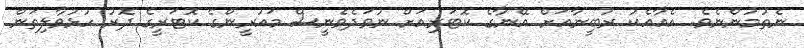
ނެތުމުންނެވެ. އެއާއެކު ރުބީނާއަށް އޭނާގެ ކޮޓަރިއަށް ނުވަދެވެނީސް މައުރީންގެ ކޮޓަރީގެ ދޮރު ހުޅުވާލިތަން